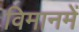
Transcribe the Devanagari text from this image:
विमानमें